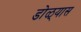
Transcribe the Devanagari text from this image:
डोळ्यास